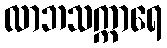
လာဘသက္ကာရေ